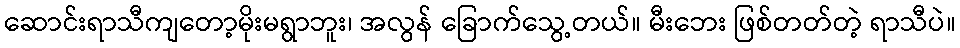
ဆောင်းရာသီကျတော့မိုးမရွာဘူး၊ အလွန် ခြောက်သွေ့တယ်။ မီးဘေး ဖြစ်တတ်တဲ့ ရာသီပဲ။